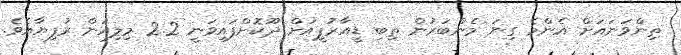
ތިންވަނައަށް އެންމެ ގިނަ މެންބަރުން ތިބި ޑީއާރުޕީއަށް ދޫކޮށްފައިވަނީ 2.2 މިލިއަން ރުފިޔާއެވެ.